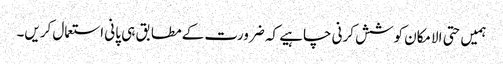
ہمیں حتی الامکان کوشش کرنی چاہیے کہ ضرورت کے مطابق ہی پانی استعمال کریں۔